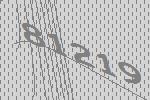
81219